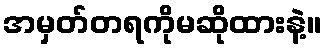
အမှတ်တရကိုမဆိုထားနဲ့။